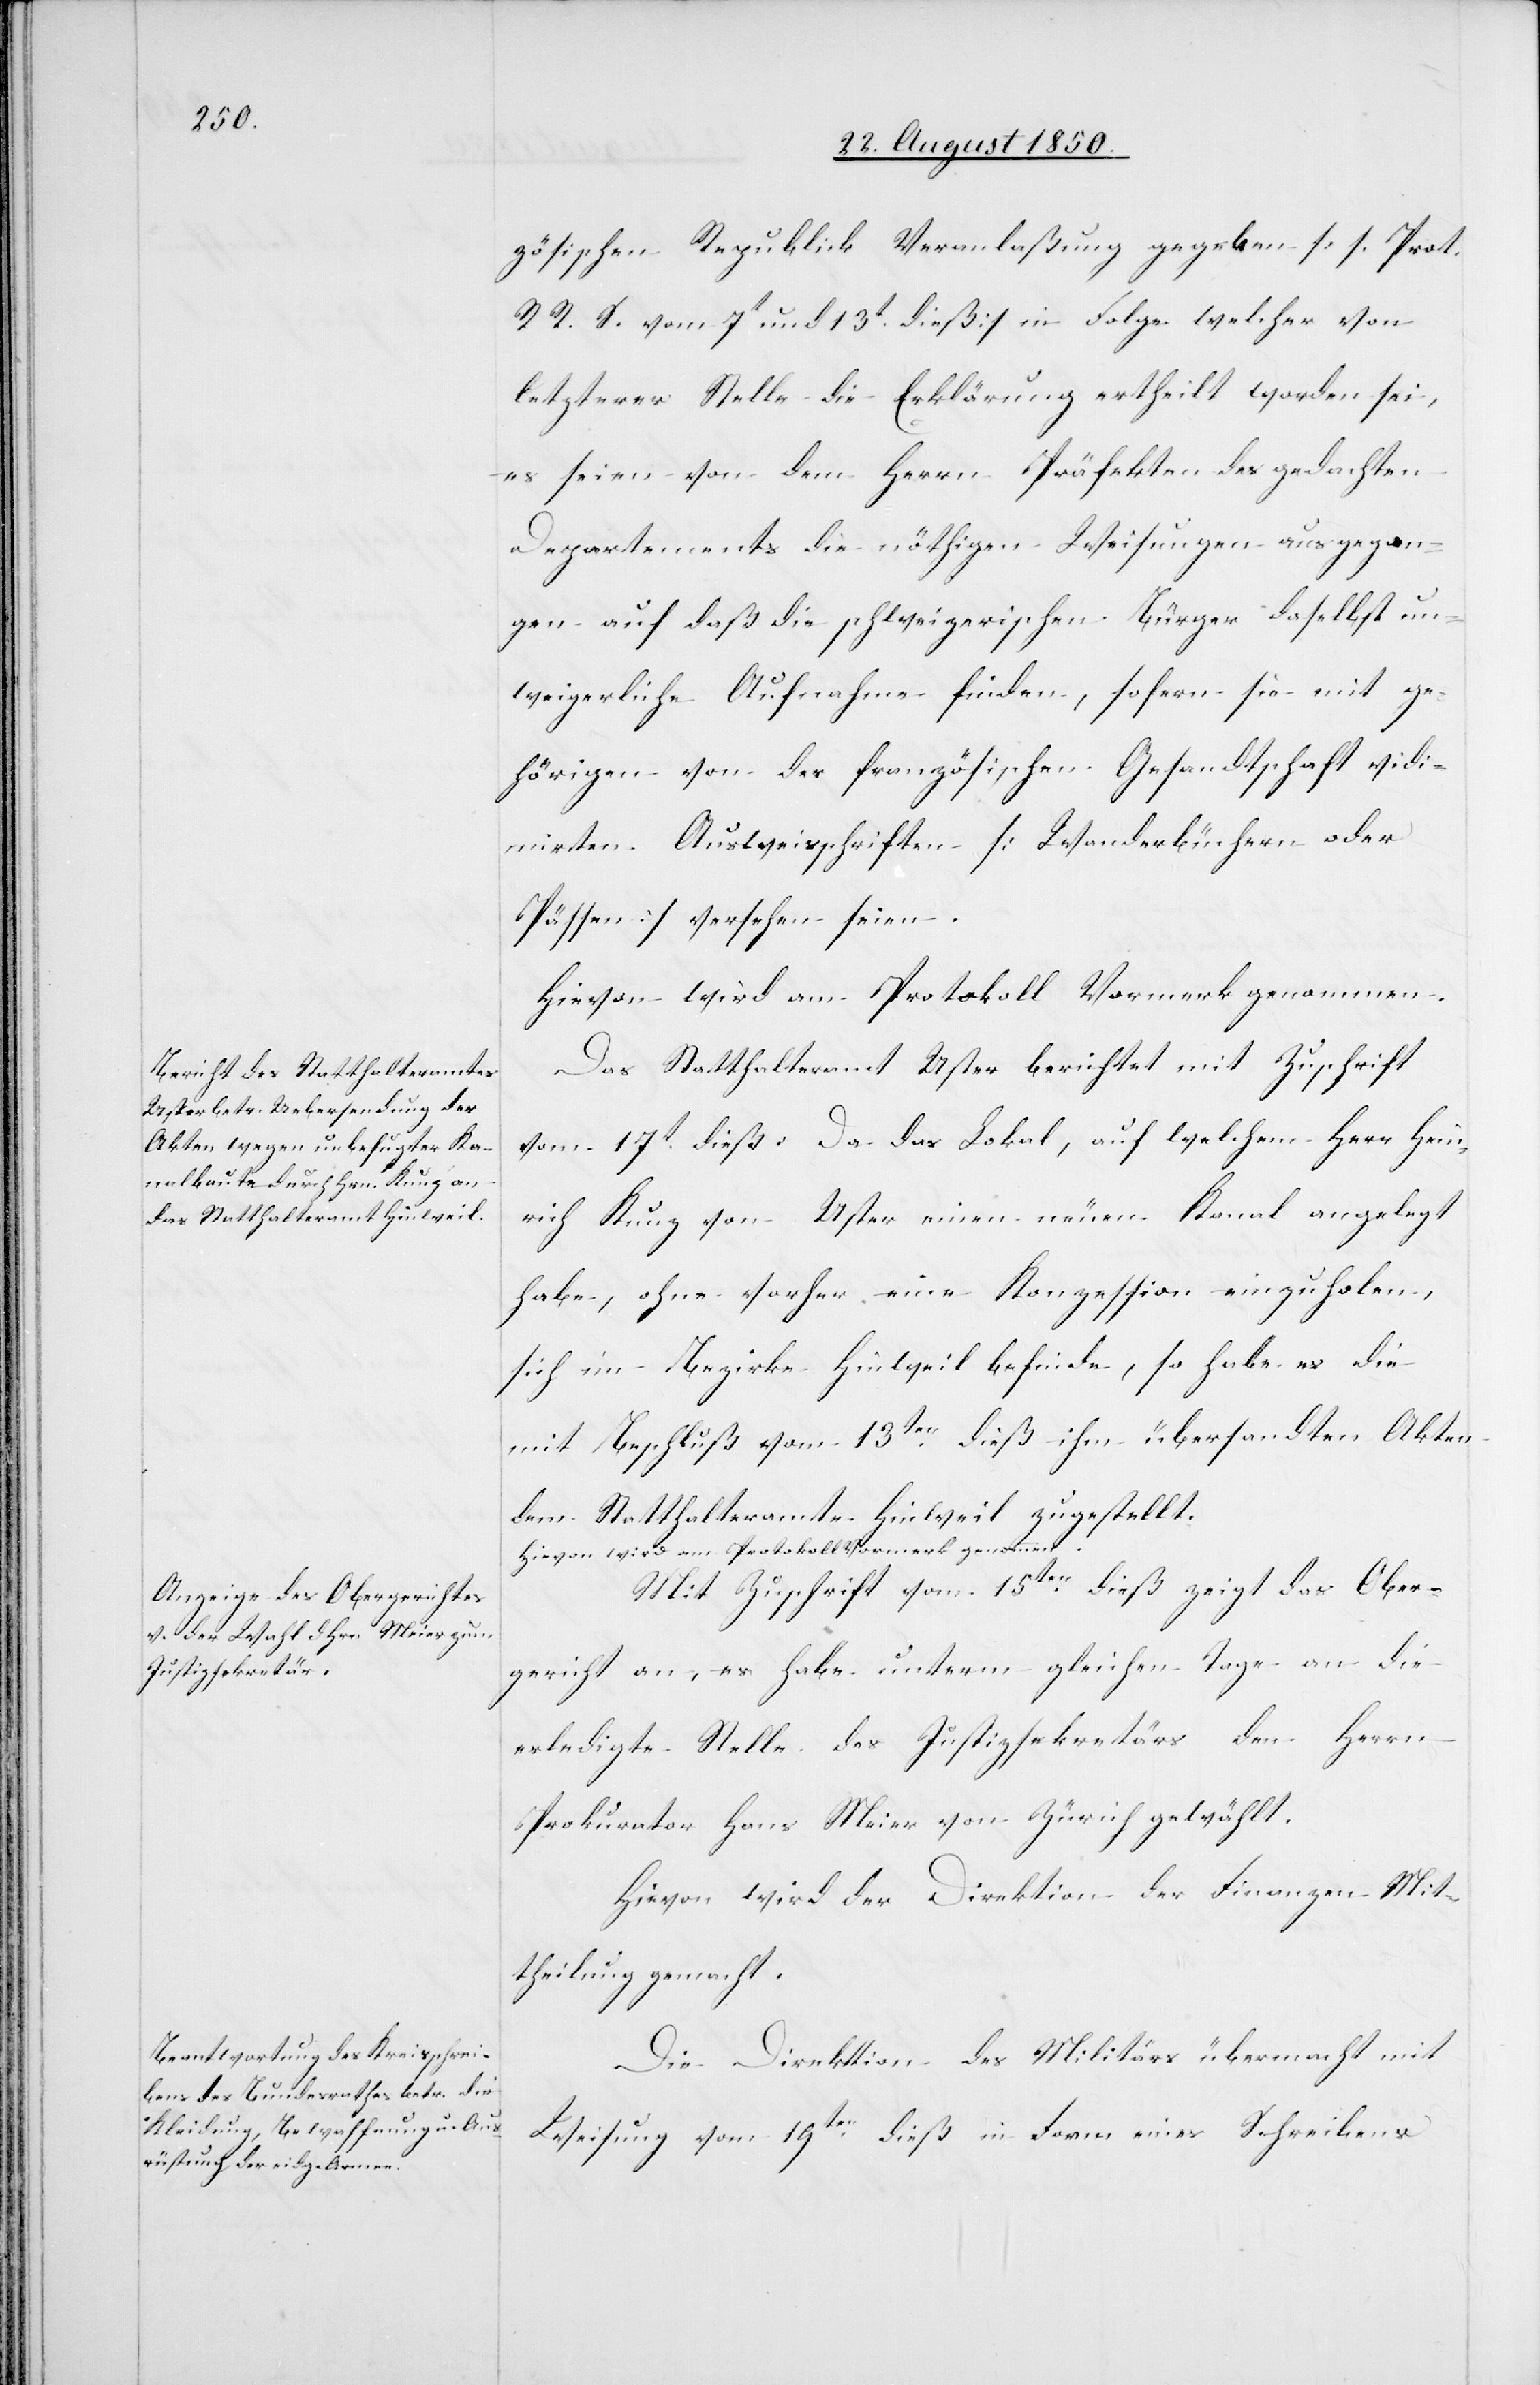
zösischen Republick Veranlaßung gegeben [s. Prot.
R. R. S. vom 7t und 13t dieß] in Folge welcher von
letzterer Stelle die Erklärung ertheilt worden sei,
es seien von dem Herrn Präfekten des gedachten
Departements die nöthigen Weisungen ausgegan¬
gen auf daß die schweizerischen Bürger daselbst un¬
weigerliche Aufnahme finden, sofern sie mit ge¬
hörigen von der französischen Gesandtschaft vidi¬
mirten Ausweisschriften [Wanderbüchern oder
Pässen] versehen seien.
Hievon wird am Protokoll Vormerk genommen.
Das Statthalteramt Uster berichtet mit Zuschrift
vom 17t dieß: Da das Lokal, auf welchem Herr Hein¬
rich Kunz von Uster einen neuen Kanal angelegt
habe, ohne vorher eine Konzession einzuholen,
sich im Bezirke Hinweil befinde, so habe es die
mit Beschluß vom 13ten dieß ihm übersandten Akten
dem Statthalteramte Hinweil zugestellt.
Mit Zuschrift vom 15ten dieß zeigt das Ober¬
gericht an, es habe unterm gleichen Tage an die
erledigte Stelle des Justizsekretärs den Herrn
Prokurator Hans Meier von Zürich gewählt.
Hievon wird der Direktion der Finanzen Mit¬
theilung gemacht.
Die Direktion des Militärs übermacht mit
Weisung vom 19ten dieß in Form eines Schreibens